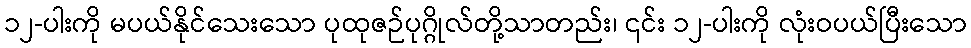
၁၂-ပါးကို မပယ်နိုင်သေးသော ပုထုဇဉ်ပုဂ္ဂိုလ်တို့သာတည်း၊ ၎င်း ၁၂-ပါးကို လုံးဝပယ်ပြီးသော